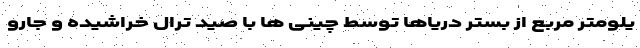
یلومتر مربع از بستر دریاها توسط چینی ها با صید ترال خراشیده و جارو